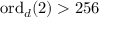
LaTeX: \mathrm { o r d } _ { d } ( 2 ) > 2 5 6